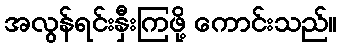
အလွန်ရင်းနှီးကြဖို့ ကောင်းသည်။